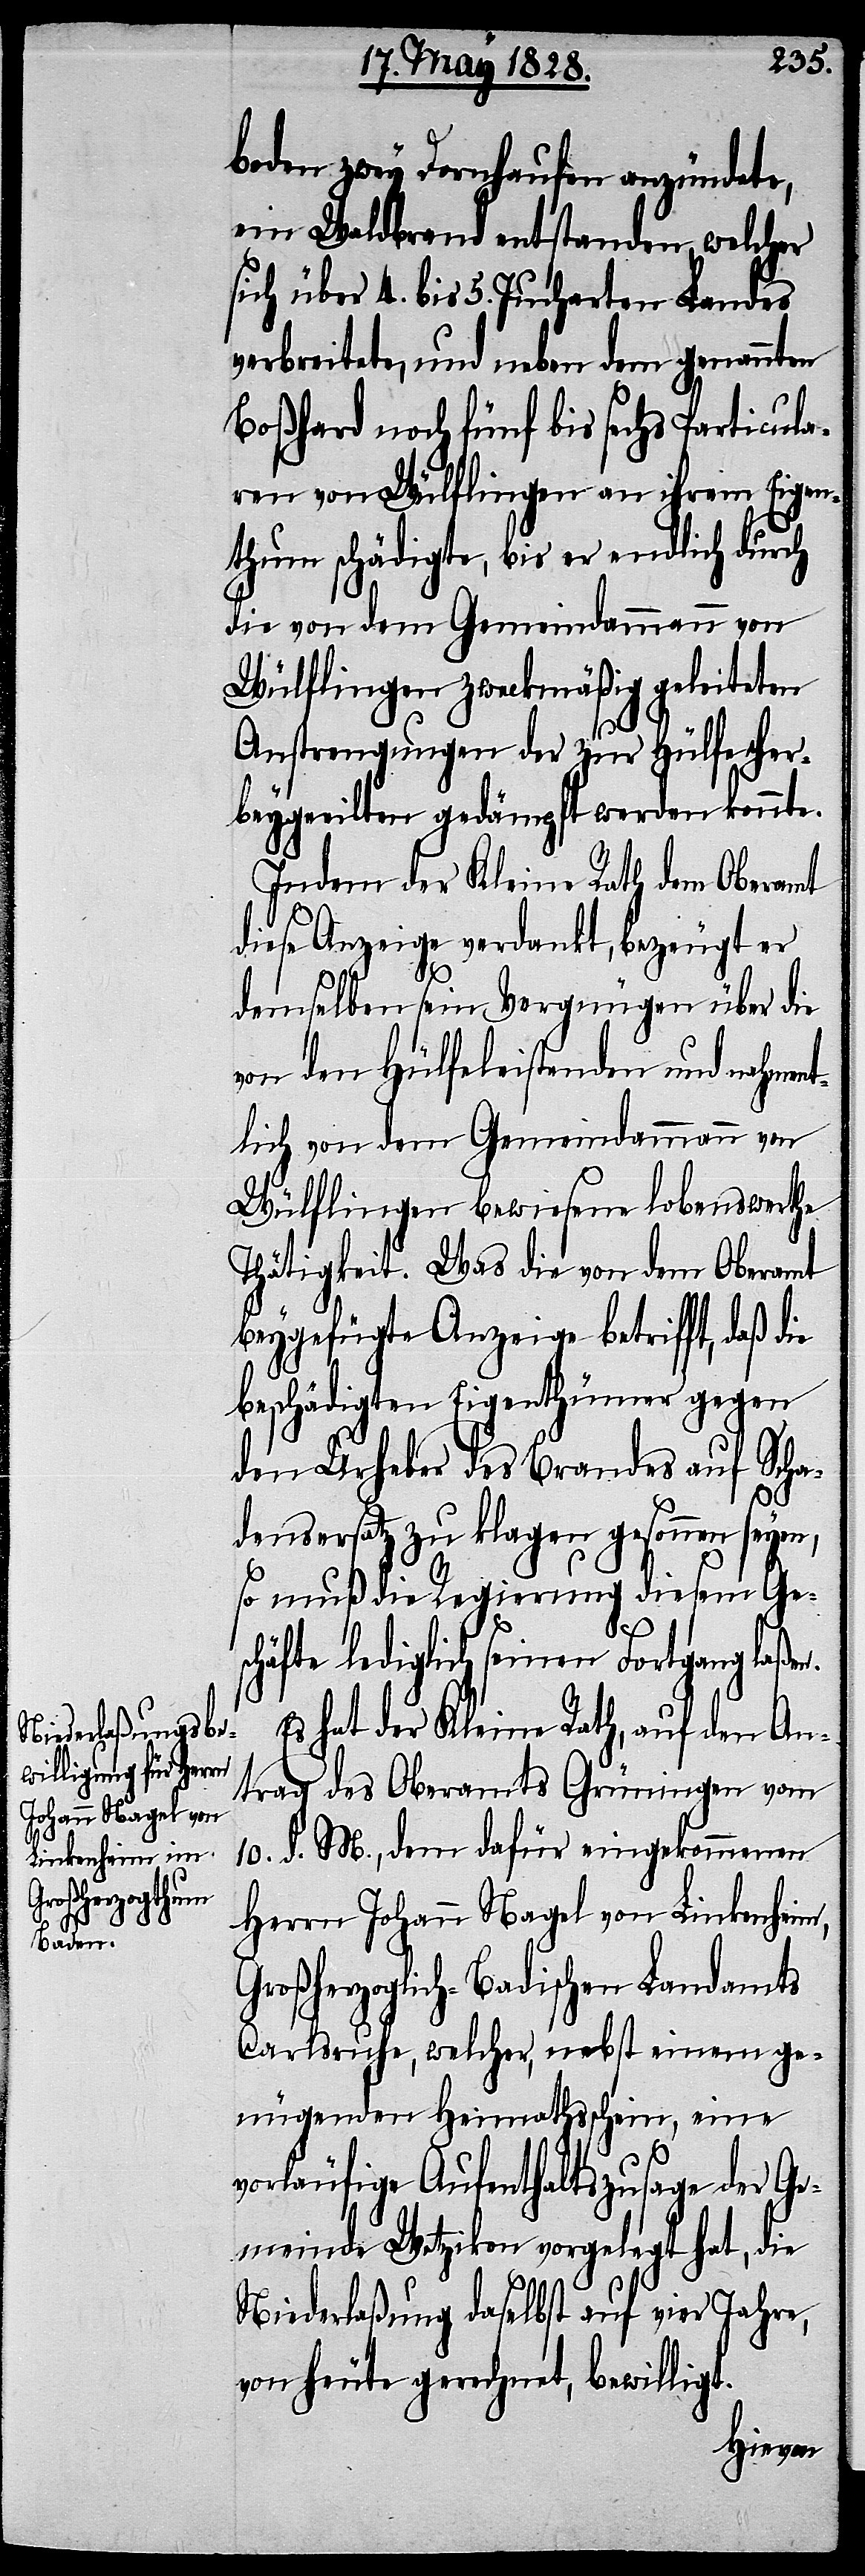
Niederlaßungsur¬
kunde

boden zwey Dornhaufen anzündete,
ein Waldbrand entstanden, welcher
sich über 4. bis 5. Jucharten Landes
verbreitete, und neben dem genannten
Boßhard noch fünf bis sechs Particula¬
ren von Wülflingen an ihrem Eigen¬
thum schädigte, bis er endlich durch
die von dem Gemeindammann von
Wülflingen zweckmäßig geleiteten
Anstrengungen der zur Hülfe her¬
beygeeilten gedämpft werden konnte.
Indem der Kleine Rath dem Oberamt
diese Anzeige verdankt, bezeugt er
demselben sein Vergnügen über die
von den Hülfeleistenden und nahment¬
lich von dem Gemeindammann von
Wülflingen bewiesene lobenswerthe
Thätigkeit. Was die von dem Oberamt
beygefügte Anzeige betrifft, daß die
beschädigten Eigenthümer gegen
den Urheber des Brandes auf Scha¬
densersatz zu klagen gesonnen seyen,
so muß die Regierung diesem Ge¬
schäfte lediglich seinen Fortgang laßen.
Es hat der Kleine Rath, auf den An¬
wird dem Oberamte Grüningen zu
10. d. M., dem dafür eingekommenen
Herrn Johann Nagel von Linkenheim,
Großherzoglich-Badischen Landamts
Carlsruhe, welcher, nebst einem ge¬
nügenden Heimathsschein, eine
vorläufige Aufenthaltszusage der Ge¬
meinde Wetzikon vorgelegt hat, die
Niederlaßung daselbst auf vier Jahre,
von heute gerechnet, bewilligt.
hievon